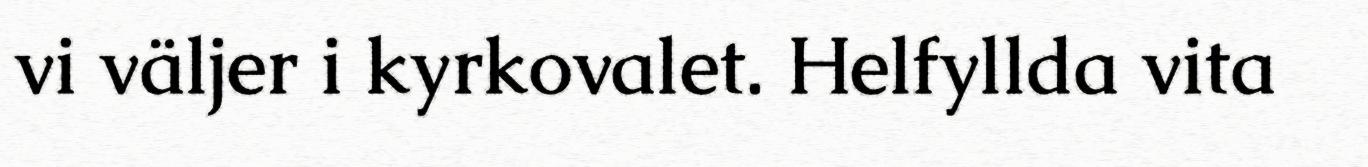
vi väljer i kyrkovalet. Helfyllda vita